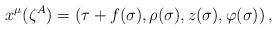
LaTeX: \begin{align*}x^{\mu} (\zeta^{A}) = (\tau + f(\sigma), \rho(\sigma), z(\sigma),\varphi(\sigma)) \, ,\end{align*}